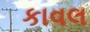
કાવલ